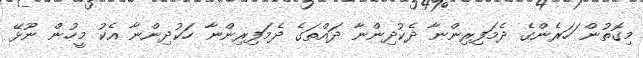
މިގޮތުން ަހަރެންގެ ދެމަފިރިންނާ ދެކުދިންނާ ދައްތަގެ ދެމަފިރިންނާ ހަކުދިންނާ އެކު މީހުން ނޫޅޭ